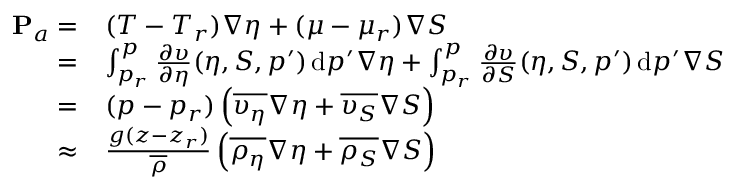
\begin{array} { r l } { { \bf P } _ { a } = } & { ( T - T _ { r } ) \nabla \eta + ( \mu - \mu _ { r } ) \nabla S } \\ { = } & { \int _ { p _ { r } } ^ { p } \frac { \partial \upsilon } { \partial \eta } ( \eta , S , p ^ { \prime } ) \, \mathrm { d } p ^ { \prime } \nabla \eta + \int _ { p _ { r } } ^ { p } \frac { \partial \upsilon } { \partial S } ( \eta , S , p ^ { \prime } ) \, \mathrm { d } p ^ { \prime } \nabla S } \\ { = } & { ( p - p _ { r } ) \left( \overline { { \upsilon _ { \eta } } } \nabla \eta + \overline { { \upsilon _ { S } } } \nabla S \right) } \\ { \approx } & { \frac { g ( z - z _ { r } ) } { \overline { { \rho } } } \left( \overline { { \rho _ { \eta } } } \nabla \eta + \overline { { \rho _ { S } } } \nabla S \right) } \end{array}